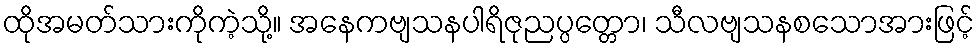
ထိုအမတ်သားကိုကဲ့သို့။ အနေကဗျသနပါရိဇုညပ္ပတ္တော၊ သီလဗျသနစသောအားဖြင့်